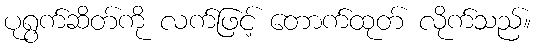
ပုရွက်ဆိတ်ကို လက်ဖြင့် တောက်ထုတ် လိုက်သည်။